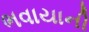
ભવાયાની